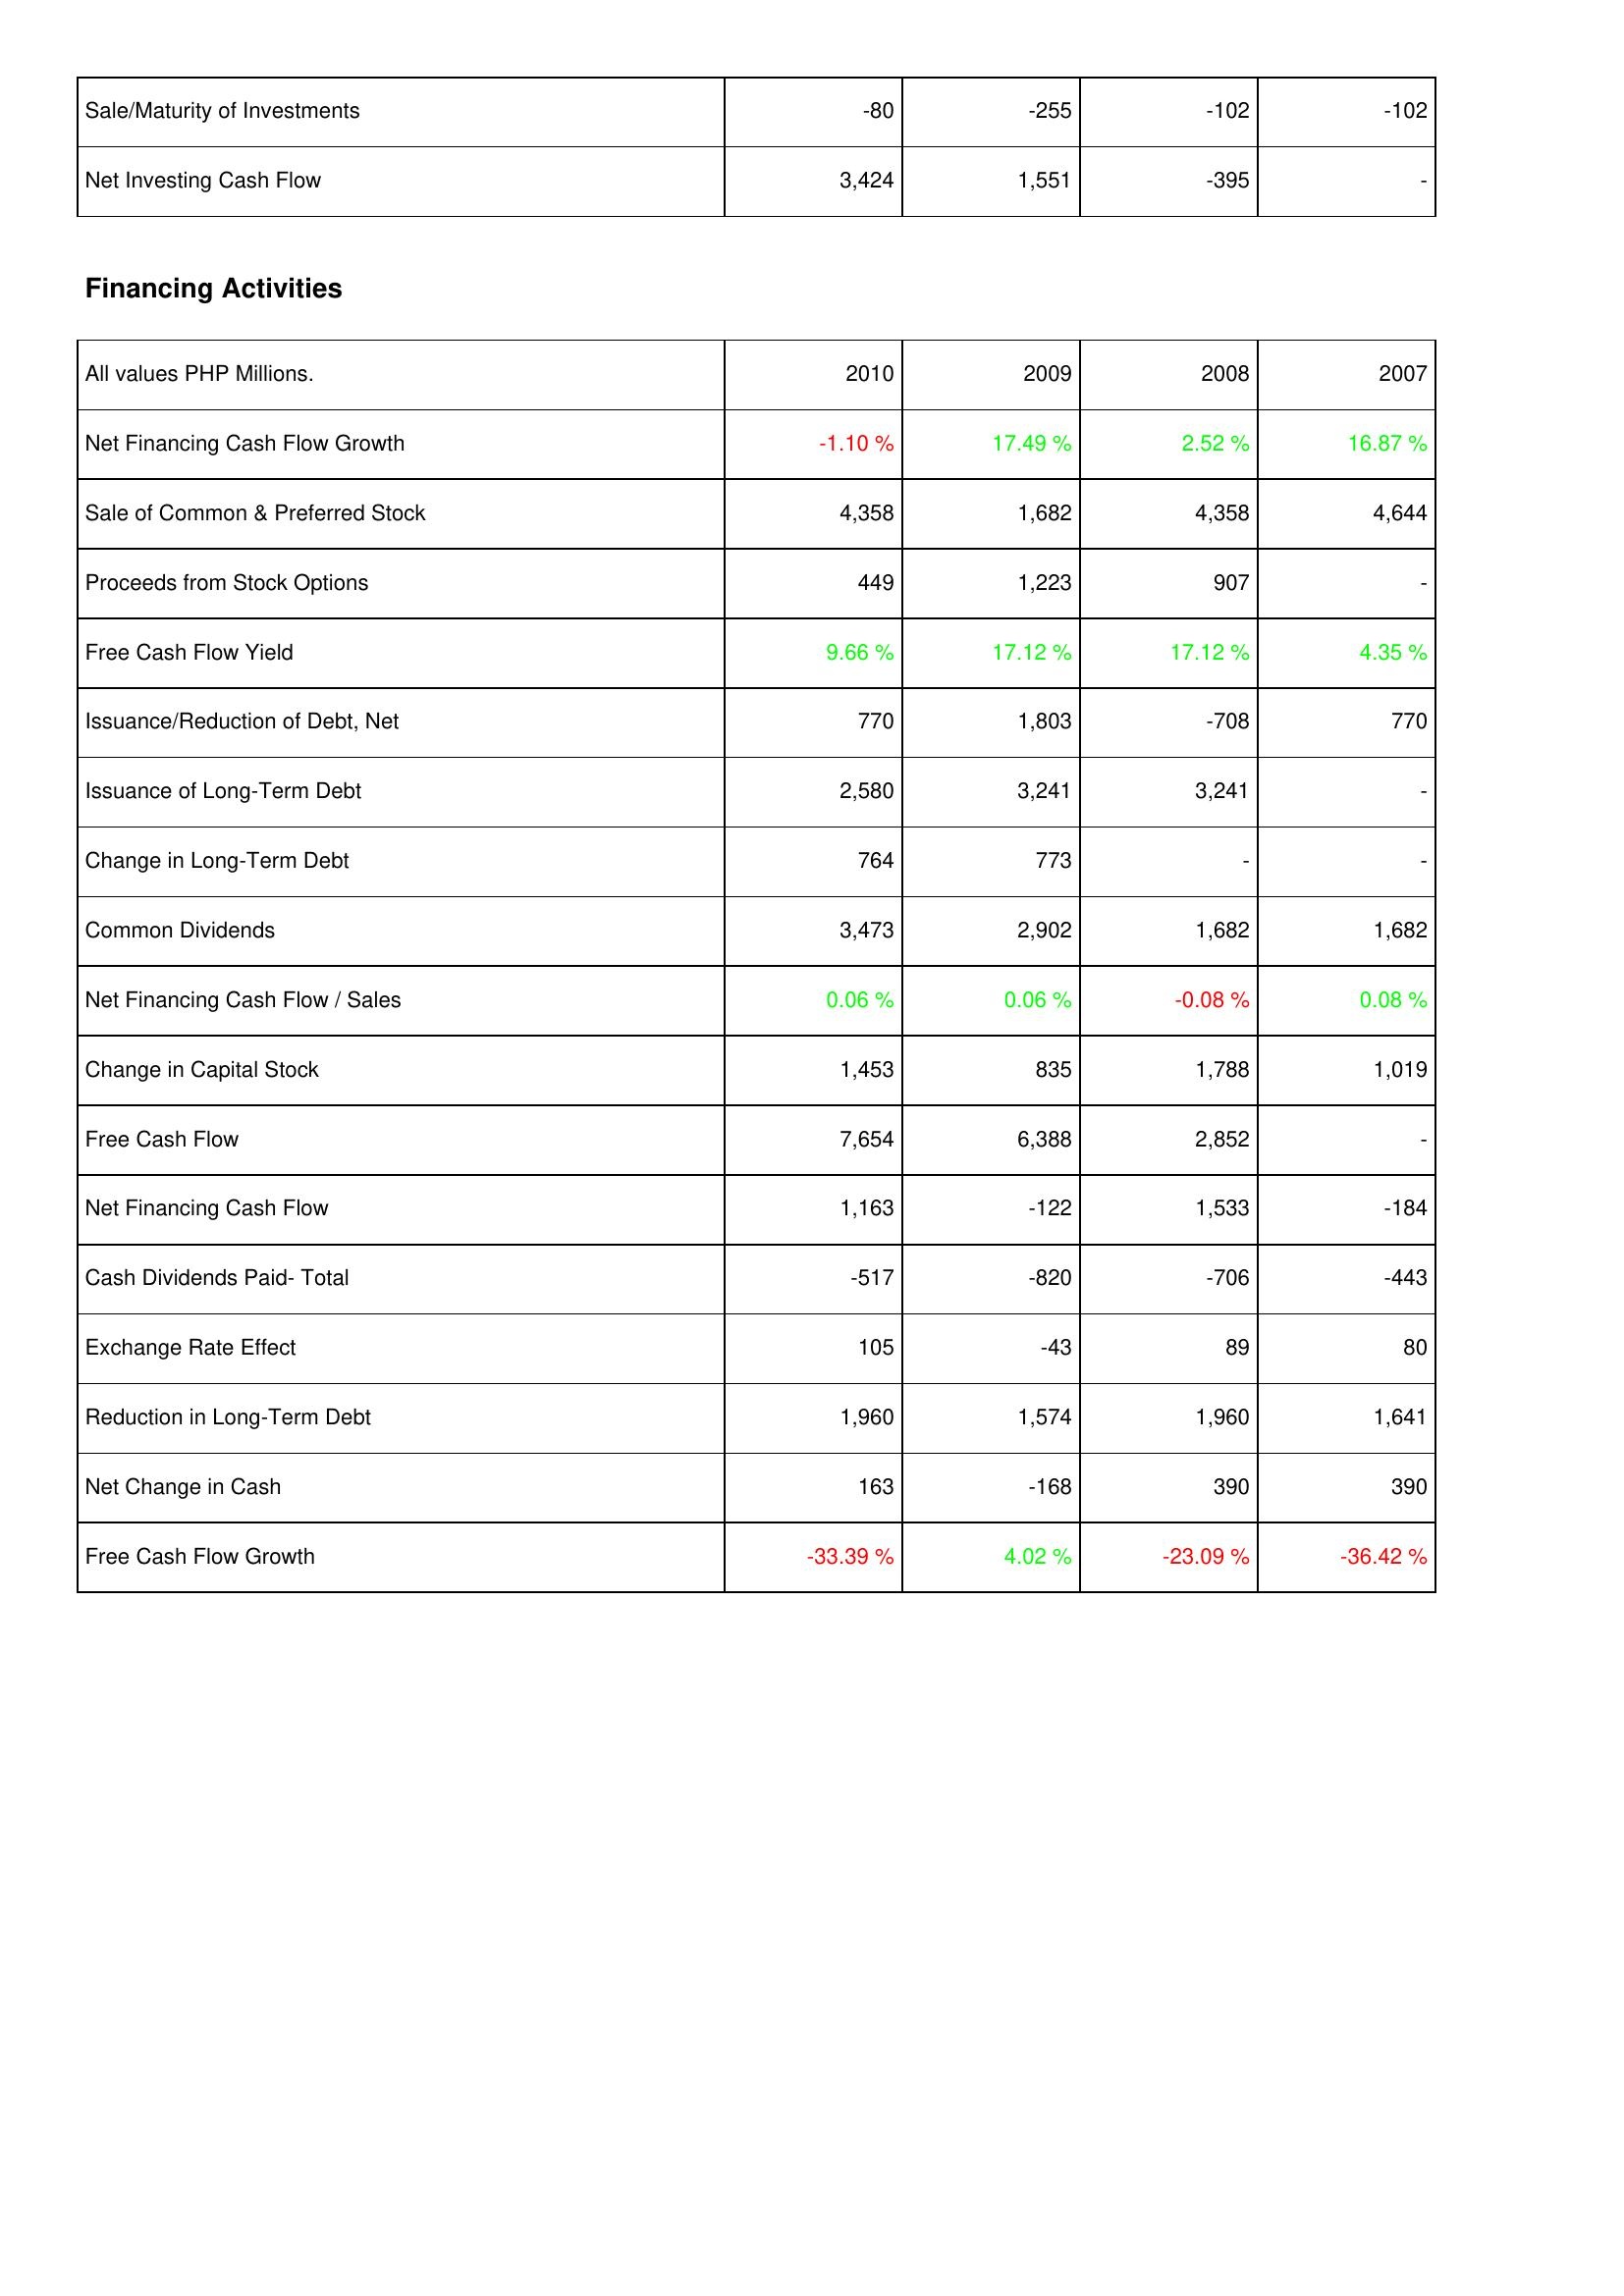
2010: Investing Activities: Sale/Maturity of Investments: -80
Net Investing Cash Flow: 3,424
Financing Activities: Net Financing Cash Flow Growth: -1.10 %
Sale of Common & Preferred Stock: 4,358
Proceeds from Stock Options: 449
Free Cash Flow Yield: 9.66 %
Issuance/Reduction of Debt, Net: 770
Issuance of Long-Term Debt: 2,580
Change in Long-Term Debt: 764
Common Dividends: 3,473
Net Financing Cash Flow / Sales: 0.06 %
Change in Capital Stock: 1,453
Free Cash Flow: 7,654
Net Financing Cash Flow: 1,163
Cash Dividends Paid- Total: -517
Exchange Rate Effect: 105
Reduction in Long-Term Debt: 1,960
Net Change in Cash: 163
Free Cash Flow Growth: -33.39 %
2009: Investing Activities: Sale/Maturity of Investments: -255
Net Investing Cash Flow: 1,551
Financing Activities: Net Financing Cash Flow Growth: 17.49 %
Sale of Common & Preferred Stock: 1,682
Proceeds from Stock Options: 1,223
Free Cash Flow Yield: 17.12 %
Issuance/Reduction of Debt, Net: 1,803
Issuance of Long-Term Debt: 3,241
Change in Long-Term Debt: 773
Common Dividends: 2,902
Net Financing Cash Flow / Sales: 0.06 %
Change in Capital Stock: 835
Free Cash Flow: 6,388
Net Financing Cash Flow: -122
Cash Dividends Paid- Total: -820
Exchange Rate Effect: -43
Reduction in Long-Term Debt: 1,574
Net Change in Cash: -168
Free Cash Flow Growth: 4.02 %
2008: Investing Activities: Sale/Maturity of Investments: -102
Net Investing Cash Flow: -395
Financing Activities: Net Financing Cash Flow Growth: 2.52 %
Sale of Common & Preferred Stock: 4,358
Proceeds from Stock Options: 907
Free Cash Flow Yield: 17.12 %
Issuance/Reduction of Debt, Net: -708
Issuance of Long-Term Debt: 3,241
Change in Long-Term Debt: -
Common Dividends: 1,682
Net Financing Cash Flow / Sales: -0.08 %
Change in Capital Stock: 1,788
Free Cash Flow: 2,852
Net Financing Cash Flow: 1,533
Cash Dividends Paid- Total: -706
Exchange Rate Effect: 89
Reduction in Long-Term Debt: 1,960
Net Change in Cash: 390
Free Cash Flow Growth: -23.09 %
2007: Investing Activities: Sale/Maturity of Investments: -102
Net Investing Cash Flow: -
Financing Activities: Net Financing Cash Flow Growth: 16.87 %
Sale of Common & Preferred Stock: 4,644
Proceeds from Stock Options: -
Free Cash Flow Yield: 4.35 %
Issuance/Reduction of Debt, Net: 770
Issuance of Long-Term Debt: -
Change in Long-Term Debt: -
Common Dividends: 1,682
Net Financing Cash Flow / Sales: 0.08 %
Change in Capital Stock: 1,019
Free Cash Flow: -
Net Financing Cash Flow: -184
Cash Dividends Paid- Total: -443
Exchange Rate Effect: 80
Reduction in Long-Term Debt: 1,641
Net Change in Cash: 390
Free Cash Flow Growth: -36.42 %